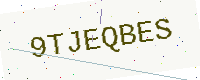
Text: 9TJEQBES